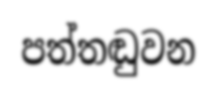
පත්තඬුවන